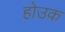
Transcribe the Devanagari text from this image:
होउक